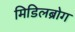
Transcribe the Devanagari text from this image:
मिडिलब्रोग